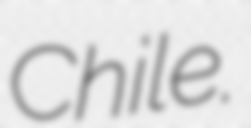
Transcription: Chile.